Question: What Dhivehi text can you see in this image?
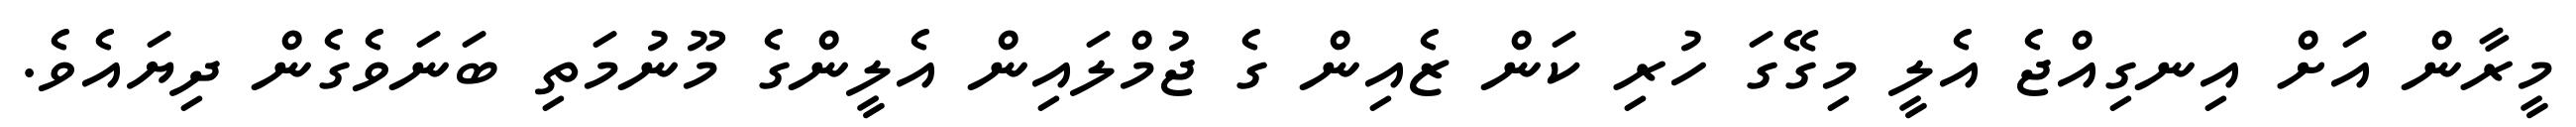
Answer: މީރާން އަށް އިނގިއްޖެ އެލީ މިގޭގަ ހުރި ކަން ޒެއިން ގެ ޖުމްލައިން އެލީންގެ މޫނުމަތި ބަނަވެގެން ދިޔައެވެ.